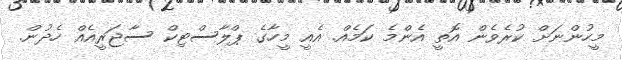
މީހުންނަށް ކުރެވެން އޮތީ އެންމެ ކަމެއް. އެއީ މީހާގެ ޕްލާސްޓިކް ސާޖަރީއެއް ހެދުން.